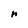
Character: r